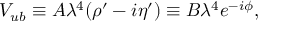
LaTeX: V _ { u b } \equiv A \lambda ^ { 4 } ( \rho ^ { \prime } - i \eta ^ { \prime } ) \equiv B \lambda ^ { 4 } e ^ { - i \phi } ,